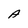
Character: A